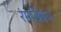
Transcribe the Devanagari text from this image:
रंगबिन्नप